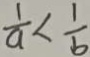
\frac { 1 } { a } < \frac { 1 } { b }